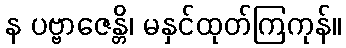
န ပဗ္ဗာဇေန္တိ၊ မနှင်ထုတ်ကြကုန်။